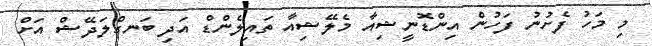
މި މަހު ފެށުނު ފަހުން އިންޑޮނީޝިއާ މެލޭޝިއާ ތައިލެންޑް އަދި ބަނގްލަދޭޝް އަށް